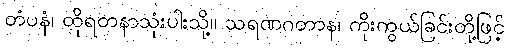
တံပနံ၊ ထိုရတနာသုံးပါးသို့။ သရဏဂတာန၊ ကိုးကွယ်ခြင်းတို့ဖြင့်